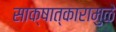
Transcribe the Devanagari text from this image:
साक्षात्कारामुळे